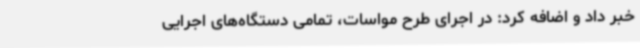
خبر داد و اضافه کرد: در اجرای طرح مواسات، تمامی دستگاه‌های اجرایی